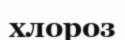
хлороз